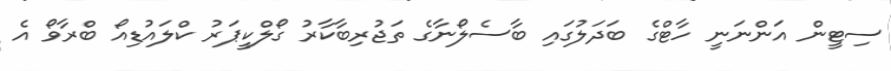
ސިޓީން އަންނަނީ ހާޓްގެ ބަދަލުގައި ބާސެލޯނާގެ ތަޖުރިބާކާރު ގޯލްކީޕަރު ކްލައުޑިއޯ ބްރާވޯ އެ